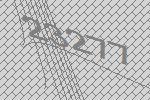
23277